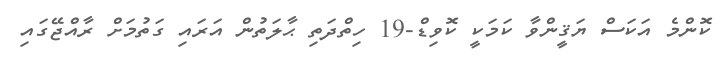
ކޮންމެ އަކަސް ޔަޤީންވާ ކަމަކީ ކޮވިޑް-19 ހިތްދަތި ޙާލަތުން އަރައި ގަތުމަށް ރާއްޖޭގައި